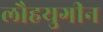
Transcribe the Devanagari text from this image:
लौहयुगीन